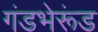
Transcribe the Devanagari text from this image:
गंडभेरूंड